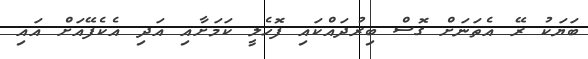
ބަޔަކު ރޭ އެތަނަށް ގޮސް ބިރުދައްކައި ފޮހެލީ ކަމަށާއި އަދި އެކެފޭއަށް އައި